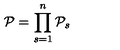
{ \cal P } = \prod _ { s = 1 } ^ { n } { { \cal P } } _ { s }